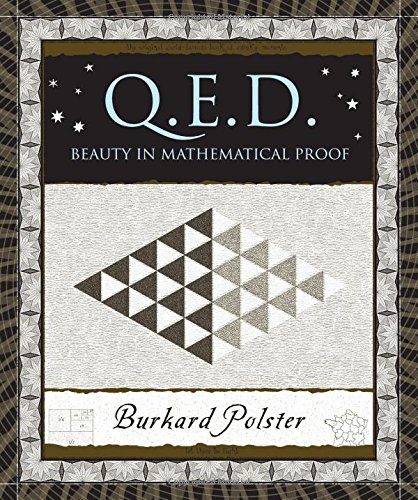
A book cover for Q.E.D.: Beauty in Mathematical Proof (Wooden Books); Burkard Polster; Science & Math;